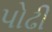
પોઢી